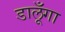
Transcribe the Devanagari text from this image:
डालूँगा